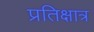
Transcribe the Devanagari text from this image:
प्रतिक्षात्र